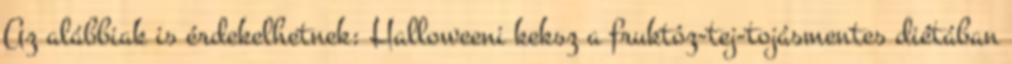
Az alábbiak is érdekelhetnek: Halloweeni keksz a fruktóz-tej-tojásmentes diétában